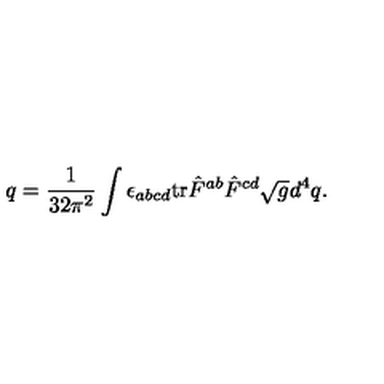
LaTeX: q = \frac 1 { 3 2 \pi ^ { 2 } } \int \epsilon _ { a b c d } \mathrm { t r } \hat { F } ^ { a b } \hat { F } ^ { c d } \sqrt { g } d ^ { 4 } q .